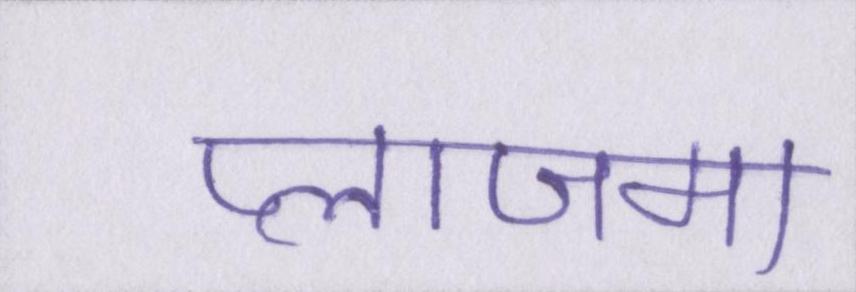
प्लाजमा